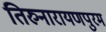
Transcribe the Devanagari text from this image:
तिरुनारायणपुरम